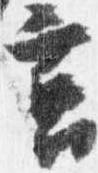
筥